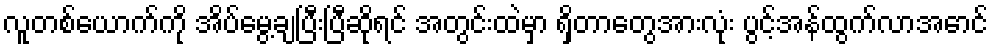
လူတစ်ယောက်ကို အိပ်မွေ့ချပြီးပြီဆိုရင် အတွင်းထဲမှာ ရှိတာတွေအားလုံး ပွင့်အန်ထွက်လာအောင်